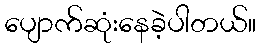
ပျောက်ဆုံးနေခဲ့ပါတယ်။